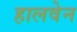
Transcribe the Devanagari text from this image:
हालवेन